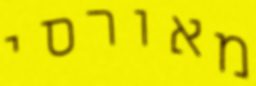
מאורסי